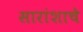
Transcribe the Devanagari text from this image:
सारांशाचे